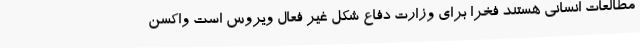
مطالعات انسانی هستند فخرا برای وزارت دفاع شکل غیر فعال ویروس است واکسن